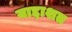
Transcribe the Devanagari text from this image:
याद्दाशत